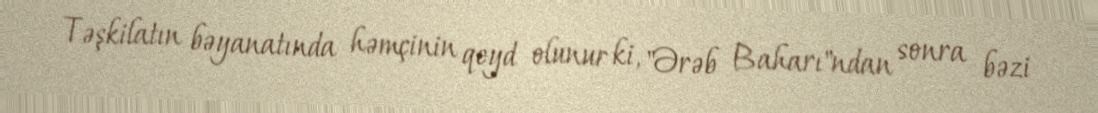
Təşkilatın bəyanatında həmçinin qeyd olunur ki, "Ərəb Baharı"ndan sonra bəzi